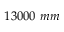
1 3 0 0 0 \ m m